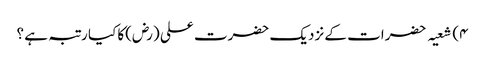
۴) شعیہ حضرات کے نزدیک حضرت علی (رض)کا کیا رتبہ ہے ؟